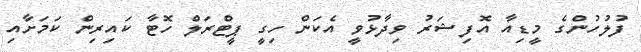
ފުލުހުންގެ މީޑިއާ އޮފިޝަރު ވިދާޅުވީ އެކަން ހިގީ ޕީޓްރަލް ހޮޓާ ކައިރިން ކަމަށާއި